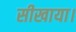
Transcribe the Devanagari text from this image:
सीखाया।